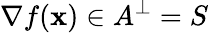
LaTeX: \nabla f(\mathbf{x})\in A^{\perp}=S